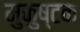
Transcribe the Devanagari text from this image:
मुकुष्टक